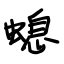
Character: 螅